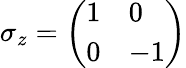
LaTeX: \sigma_{z}={\biggl(}{\begin{array}{ll}{1}&{0}\\ {0}&{-1}\end{array}}{\biggr)}